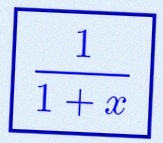
\frac{1}{1+x}